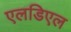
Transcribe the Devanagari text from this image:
एलडिएल